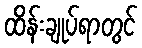
ထိန်းချုပ်ရာတွင်